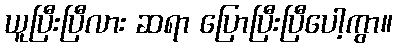
ယူပြီးပြီလား ဆရာ ပြောပြီးပြီပေါ့ကွာ။